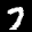
Label: 7